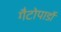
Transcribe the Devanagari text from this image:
गैटोपार्डो